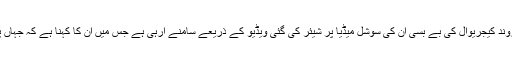
دہلی کے وزیر اعلیٰ اروند کیجریوال کی بے بسی ان کی سوشل میڈیا پر شیئر کی گئی ویڈیو کے ذریعے سامنے آرہی ہے جس میں ان کا کہنا ہے کہ جہاں پر حملے ہو رہے ہیں ۔